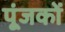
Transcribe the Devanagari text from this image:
पूंजकों